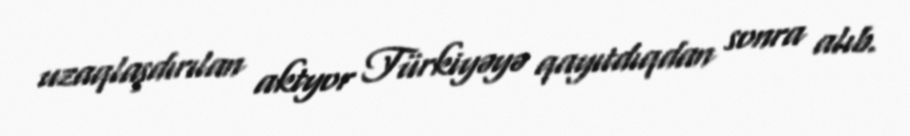
uzaqlaşdırılan aktyor Türkiyəyə qayıtdıqdan sonra alıb.